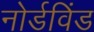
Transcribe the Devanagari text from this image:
नोर्डविंड